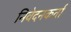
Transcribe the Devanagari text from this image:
निवेदनकर्ता